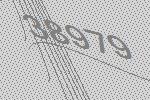
38979